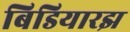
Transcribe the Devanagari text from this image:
बिडियारझ